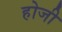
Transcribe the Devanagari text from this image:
होजी